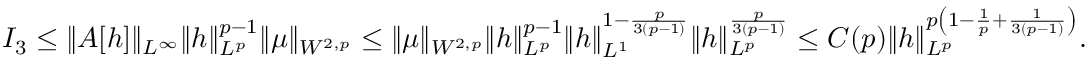
I _ { 3 } \le \| A [ h ] \| _ { L ^ { \infty } } \| h \| _ { L ^ { p } } ^ { p - 1 } \| \mu \| _ { W ^ { 2 , p } } \leq \| \mu \| _ { W ^ { 2 , p } } \| h \| _ { L ^ { p } } ^ { p - 1 } \| h \| _ { L ^ { 1 } } ^ { 1 - \frac { p } { 3 ( p - 1 ) } } \| h \| _ { L ^ { p } } ^ { \frac { p } { 3 ( p - 1 ) } } \le C ( p ) \| h \| _ { L ^ { p } } ^ { p \left( 1 - \frac { 1 } { p } + \frac { 1 } { 3 ( p - 1 ) } \right) } .